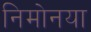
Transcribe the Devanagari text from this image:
निमोनया